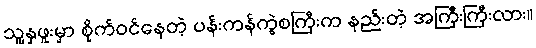
သူ့နှဖူးမှာ စိုက်ဝင်နေတဲ့ ပန်းကန်ကွဲစကြီးက နည်းတဲ့ အကြီးကြီးလား။